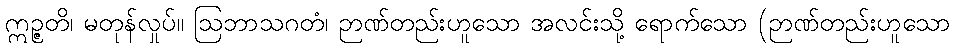
ဣဉ္ဇတိ၊ မတုန်လှုပ်။ ဩဘာသဂတံ၊ ဉာဏ်တည်းဟူသော အလင်းသို့ ရောက်သော (ဉာဏ်တည်းဟူသော